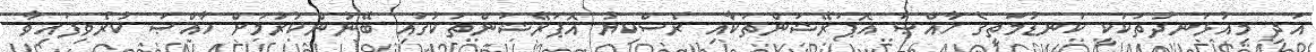
އަދި މިއުޅަނދުތަކަކީ ކަނޑުމަތީގެ ޚާއްޞަ އޮޕަރޭޝަންތަކާއި ރެސްކިޔު އޮޕަރޭޝަންތަކުގައި ބޭނުންކުރުމަށް ޚާއްޞަ ކުރެވިފައިވާ